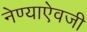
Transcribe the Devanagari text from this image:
नेण्याऐवजी